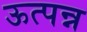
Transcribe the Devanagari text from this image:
ऊत्पन्न